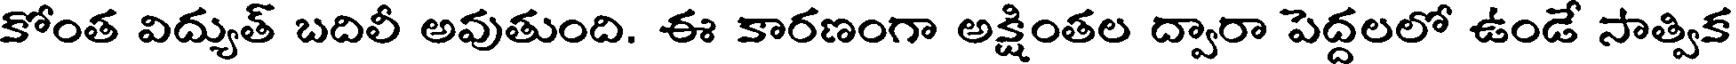
కోంత విద్యుత్ బదిలీ అవుతుంది. ఈ కారణంగా అక్షింతల ద్వారా పెద్దలలో ఉండే సాత్విక